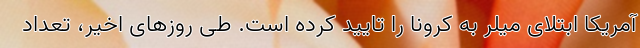
آمریکا ابتلای میلر به کرونا را تایید کرده است. طی روزهای اخیر، تعداد